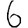
Digit: 6